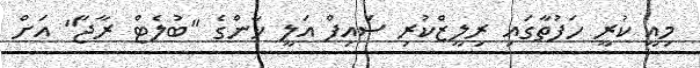
މިއީ ކުރީ ހަފުތާގައި ރިލީޒްކުރި ސައިފް އަލީ ޚާންގެ "ބުލެޓް ރާޖާ" އަށް